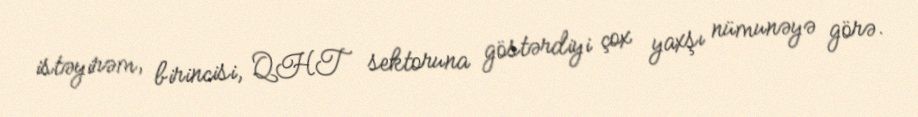
istəyirəm, birincisi, QHT sektoruna göstərdiyi çox yaxşı nümunəyə görə.